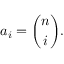
a _ { i } = { \binom { n } { i } } .